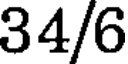
34/6